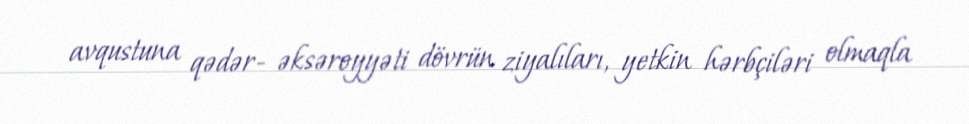
avqustuna qədər- əksəroyyəti dövrün ziyalıları, yetkin hərbçiləri olmaqla